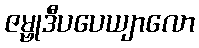
ဇမ္ဗုဒီပပေယျာလော